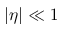
| \eta | \ll 1